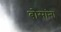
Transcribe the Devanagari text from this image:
बोसांना